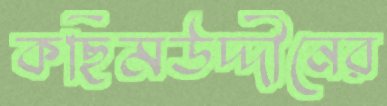
কছিমউদ্দীনের